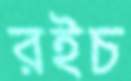
রইচ